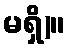
မရှိ)။